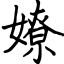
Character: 嫽